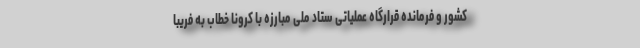
کشور و فرمانده قرارگاه عملیاتی ستاد ملی مبارزه با کرونا خطاب به فریبا